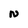
Character: N